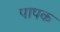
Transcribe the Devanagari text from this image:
पापक